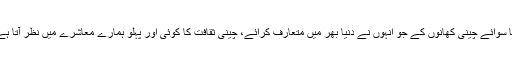
کیا سوائے چینی کھانوں کے جو انہوں نے دنیا بھر میں متعارف کرائے، چینی ثقافت کا کوئی اور پہلو ہمارے معاشرے میں نظر آتا ہے؟